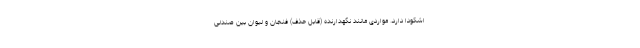
اشکودا دارد. مواردی مانند نگهدارنده (قابل حذف) فنجان و لیوان بین صندلی